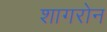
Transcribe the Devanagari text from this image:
शागरोन